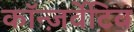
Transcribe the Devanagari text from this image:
कॉन्ज़र्वेटिव